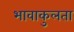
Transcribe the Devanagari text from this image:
भावाकुलता